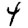
Digit: 4